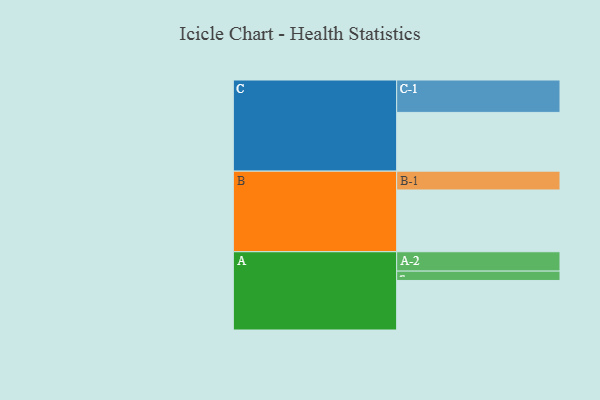
{"axis": {"x": "Segment", "y": "Value"}, "legend": ["", "A", "B", "C"], "data": [{"x": "A", "y": 445, "type": ""}, {"x": "B", "y": 555, "type": ""}, {"x": "C", "y": 528, "type": ""}, {"x": "A-1", "y": 84, "type": "A"}, {"x": "A-2", "y": 174, "type": "A"}, {"x": "B-1", "y": 169, "type": "B"}, {"x": "C-1", "y": 291, "type": "C"}]}